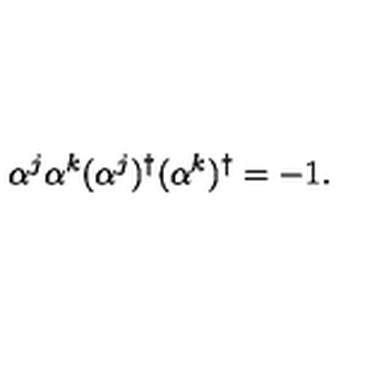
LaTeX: \alpha ^ { j } \alpha ^ { k } ( \alpha ^ { j } ) ^ { \dagger } ( \alpha ^ { k } ) ^ { \dagger } = - 1 .